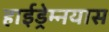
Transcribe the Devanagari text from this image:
हाईड्रेम्नयास